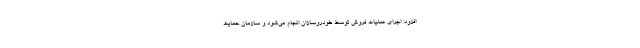
افزود: اجرای عملیات فروش توسط خودروسازان انجام می‌شود و سازمان حمایت